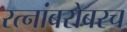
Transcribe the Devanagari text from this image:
रत्‍नांबरोबरच